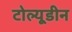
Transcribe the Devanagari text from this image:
टोल्यूडीन